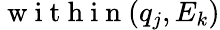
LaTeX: \mathrm{~w~i~t~h~i~n~}(q_{j},E_{k})